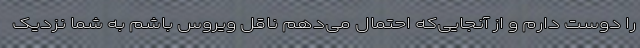
را دوست دارم و از آنجایی‌که احتمال می‌دهم ناقل ویروس باشم به شما نزدیک